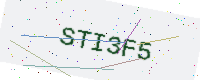
Text: STI3F5